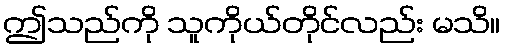
ဤသည်ကို သူကိုယ်တိုင်လည်း မသိ။